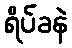
ရိပ်ခနဲ